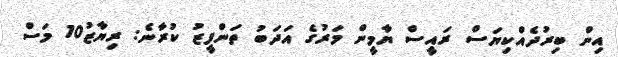
އިން ބިރުދެއްކިޔަސް ރައީސް ޔާމީން މަރުގެ އަދަބު ތަންފީޒު ކުރާނެ: ރިޔާޒު10 މަސް